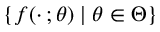
\{ f ( \cdot \, ; \theta ) \mid \theta \in \Theta \}